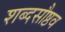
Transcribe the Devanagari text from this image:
शब्दसौष्ठव